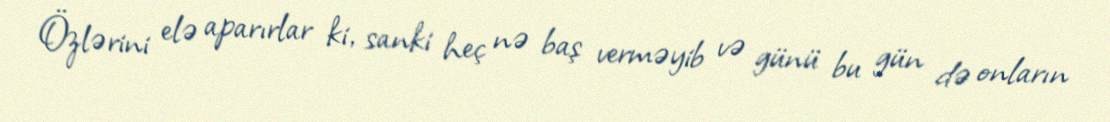
Özlərini elə aparırlar ki, sanki heç nə baş verməyib və günü bu gün də onların